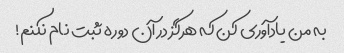
به من یادآوری کن که هرگز در آن دوره ثبت نام نکنم!